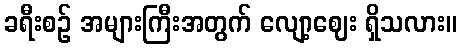
ခရီးစဉ် အများကြီးအတွက် လျော့ဈေး ရှိသလား။